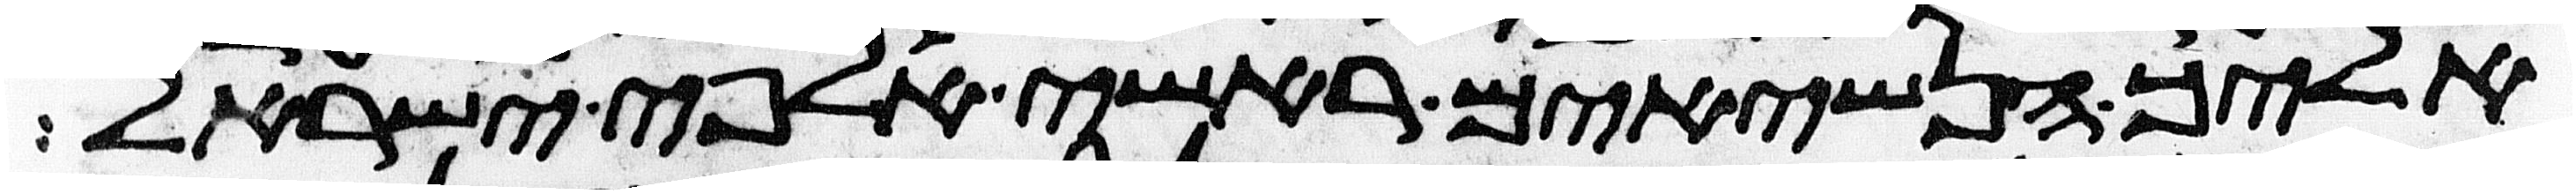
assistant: אליך הנשיאים ראשי אלפי ישראל